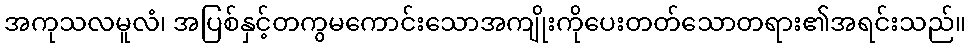
အကုသလမူလံ၊ အပြစ်နှင့်တကွမကောင်းသောအကျိုးကိုပေးတတ်သောတရား၏အရင်းသည်။